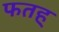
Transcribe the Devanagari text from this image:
फतह्